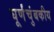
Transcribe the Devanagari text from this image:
घूर्णंचुंबकीय